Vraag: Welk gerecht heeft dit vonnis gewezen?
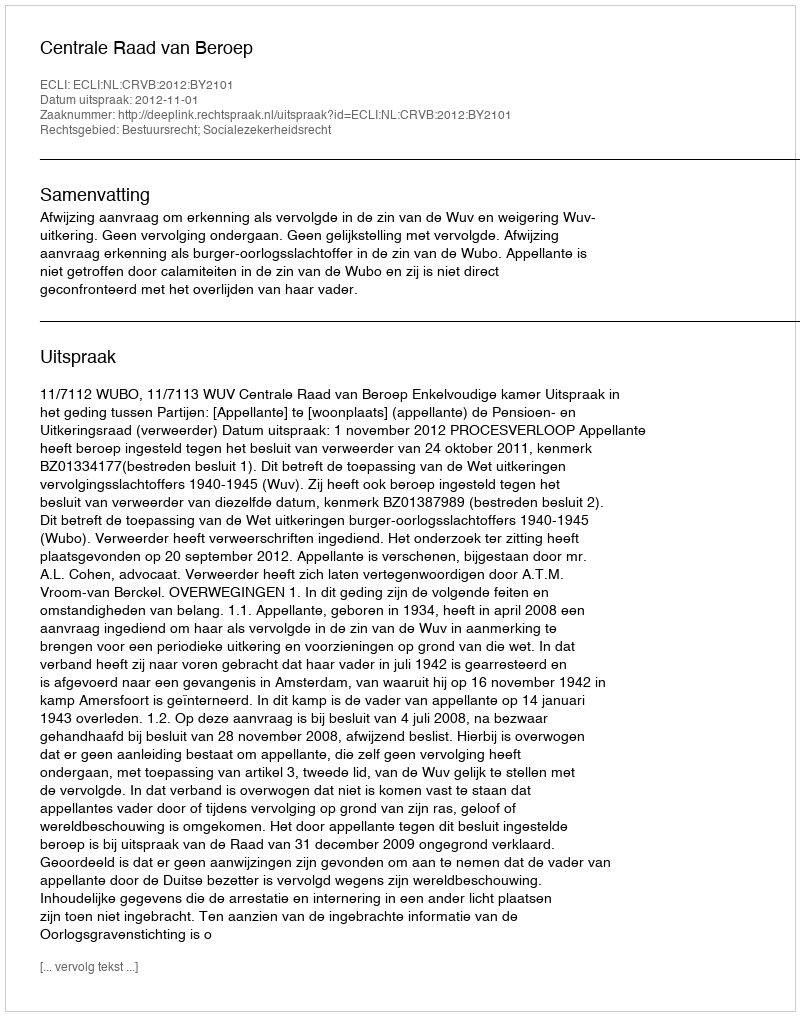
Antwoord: Centrale Raad van Beroep